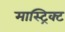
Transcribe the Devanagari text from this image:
मास्ट्रिक्ट